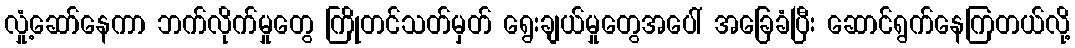
လှုံ့ဆော်နေကာ ဘက်လိုက်မှုတွေ ကြိုတင်သတ်မှတ် ရွေးချယ်မှုတွေအပေါ် အခြေခံပြီး ဆောင်ရွက်နေကြတယ်လို့